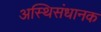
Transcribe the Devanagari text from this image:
अस्थिसंधानक